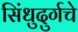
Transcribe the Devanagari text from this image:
सिंधुदुर्गचे